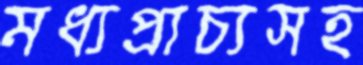
মধ্যপ্রাচ্যসহ